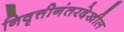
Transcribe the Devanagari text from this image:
निवृत्तीनंतरदेखील